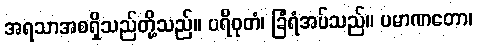
အရသာအစရှိသည်တို့သည်။ ပရိဝုတံ၊ ခြံရံအပ်သည်။ ပမာဏတော၊